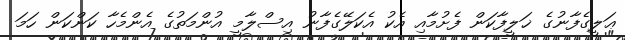
ޢަލީގެފާނުގެ ޚަލީފާކަން ފެށުމާއި އެކު އެކަލޭގެފާނު އިސްލާމީ އުންމަތުގެ އެންމެހާ ކަންކަން ހަމަ